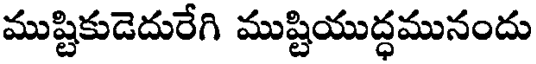
ముష్టికుడెదురేగి ముష్టియుద్ధమునందు